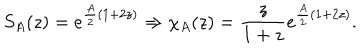
S _ { A } ( z ) = e ^ { \frac { A } { 2 } ( 1 + 2 z ) } \Rightarrow \chi _ { A } ( z ) = \frac { z } { 1 + z } e ^ { \frac { A } { 2 } ( 1 + 2 z ) } .